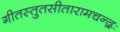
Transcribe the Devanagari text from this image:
गीतस्तुतसीतारामचन्द्रः